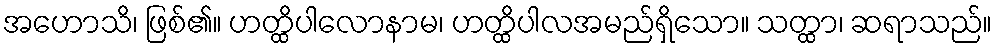
အဟောသိ၊ ဖြစ်၏။ ဟတ္ထိပါလောနာမ၊ ဟတ္ထိပါလအမည်ရှိသော။ သတ္ထာ၊ ဆရာသည်။